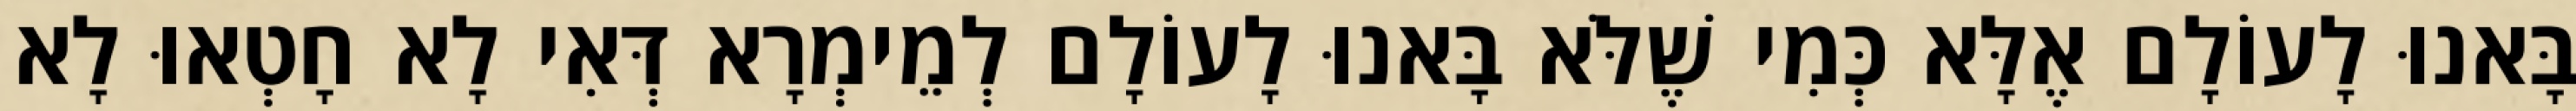
בָּאנוּ לָעוֹלָם אֶלָּא כְּמִי שֶׁלֹּא בָּאנוּ לָעוֹלָם לְמֵימְרָא דְּאִי לָא חָטְאוּ לָא